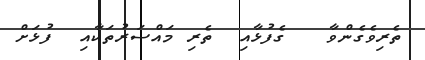
ތެރިވެގެންވާ   ގެފުޅާއި  ތެރި މައްސަރުތަކާއި  ފުޅަށް